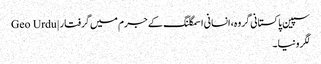
سپین پاکستانی گروہ، انسانی اسمگلنگ کے جرم میں گرفتار | Geo Urdu
لگرونیا۔